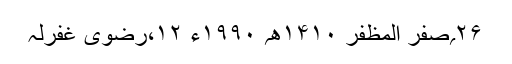
۲۶؍صفر المظفر ۱۴۱۰ھ؍ ۱۹۹۰ء ۱۲،رضوی غفرلہٗ